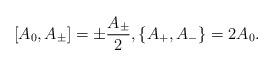
LaTeX: \begin{gather*} [A_0, A_{\pm}]=\pm \frac{A_{\pm}}{2},\{A_{+},A_{-}\}=2A_0.\end{gather*}